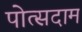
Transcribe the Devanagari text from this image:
पोत्सदाम